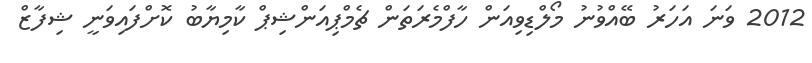
2012 ވަނަ އަހަރު ބޭއްވުނު މޯލްޑިވިއަން ހާފްމެރަތަން ޗެމްޕިއަންޝިޕް ކާމިޔާބު ކޮށްފައިވަނީ ޝިފާޒް